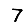
Digit: 7